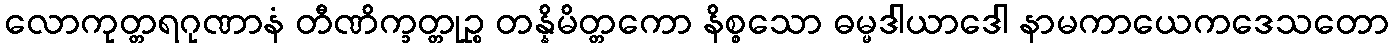
လောကုတ္တရဂုဏာနံ တီဏိက္ခတ္တုဉ္စ တန္နိမိတ္တကော နိစ္စသော ဓမ္မဒါယာဒေါ နာမကာယေကဒေသတော